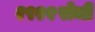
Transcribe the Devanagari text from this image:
१९२२रोजी